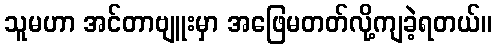
သူမဟာ အင်တာဗျူးမှာ အဖြေမတတ်လို့ကျခဲ့ရတယ်။